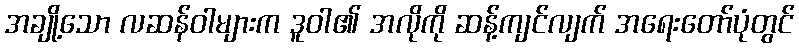
အချို့သော လဆန်ဝါများက ဒူဝါ၏ အလိုကို ဆန့်ကျင်လျက် အရေးတော်ပုံတွင်